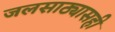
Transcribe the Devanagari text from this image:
जलसाठ्यासही